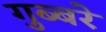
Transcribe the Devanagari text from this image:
गुब्बरे